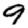
Digit: 9